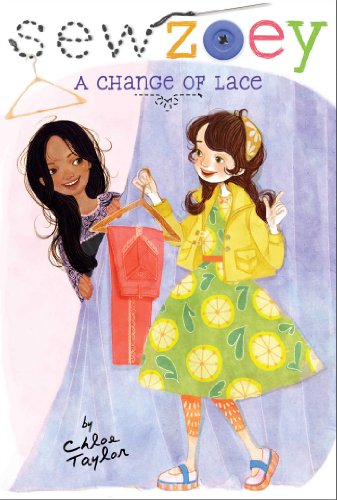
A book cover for A Change of Lace (Sew Zoey); Chloe Taylor; Crafts, Hobbies & Home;